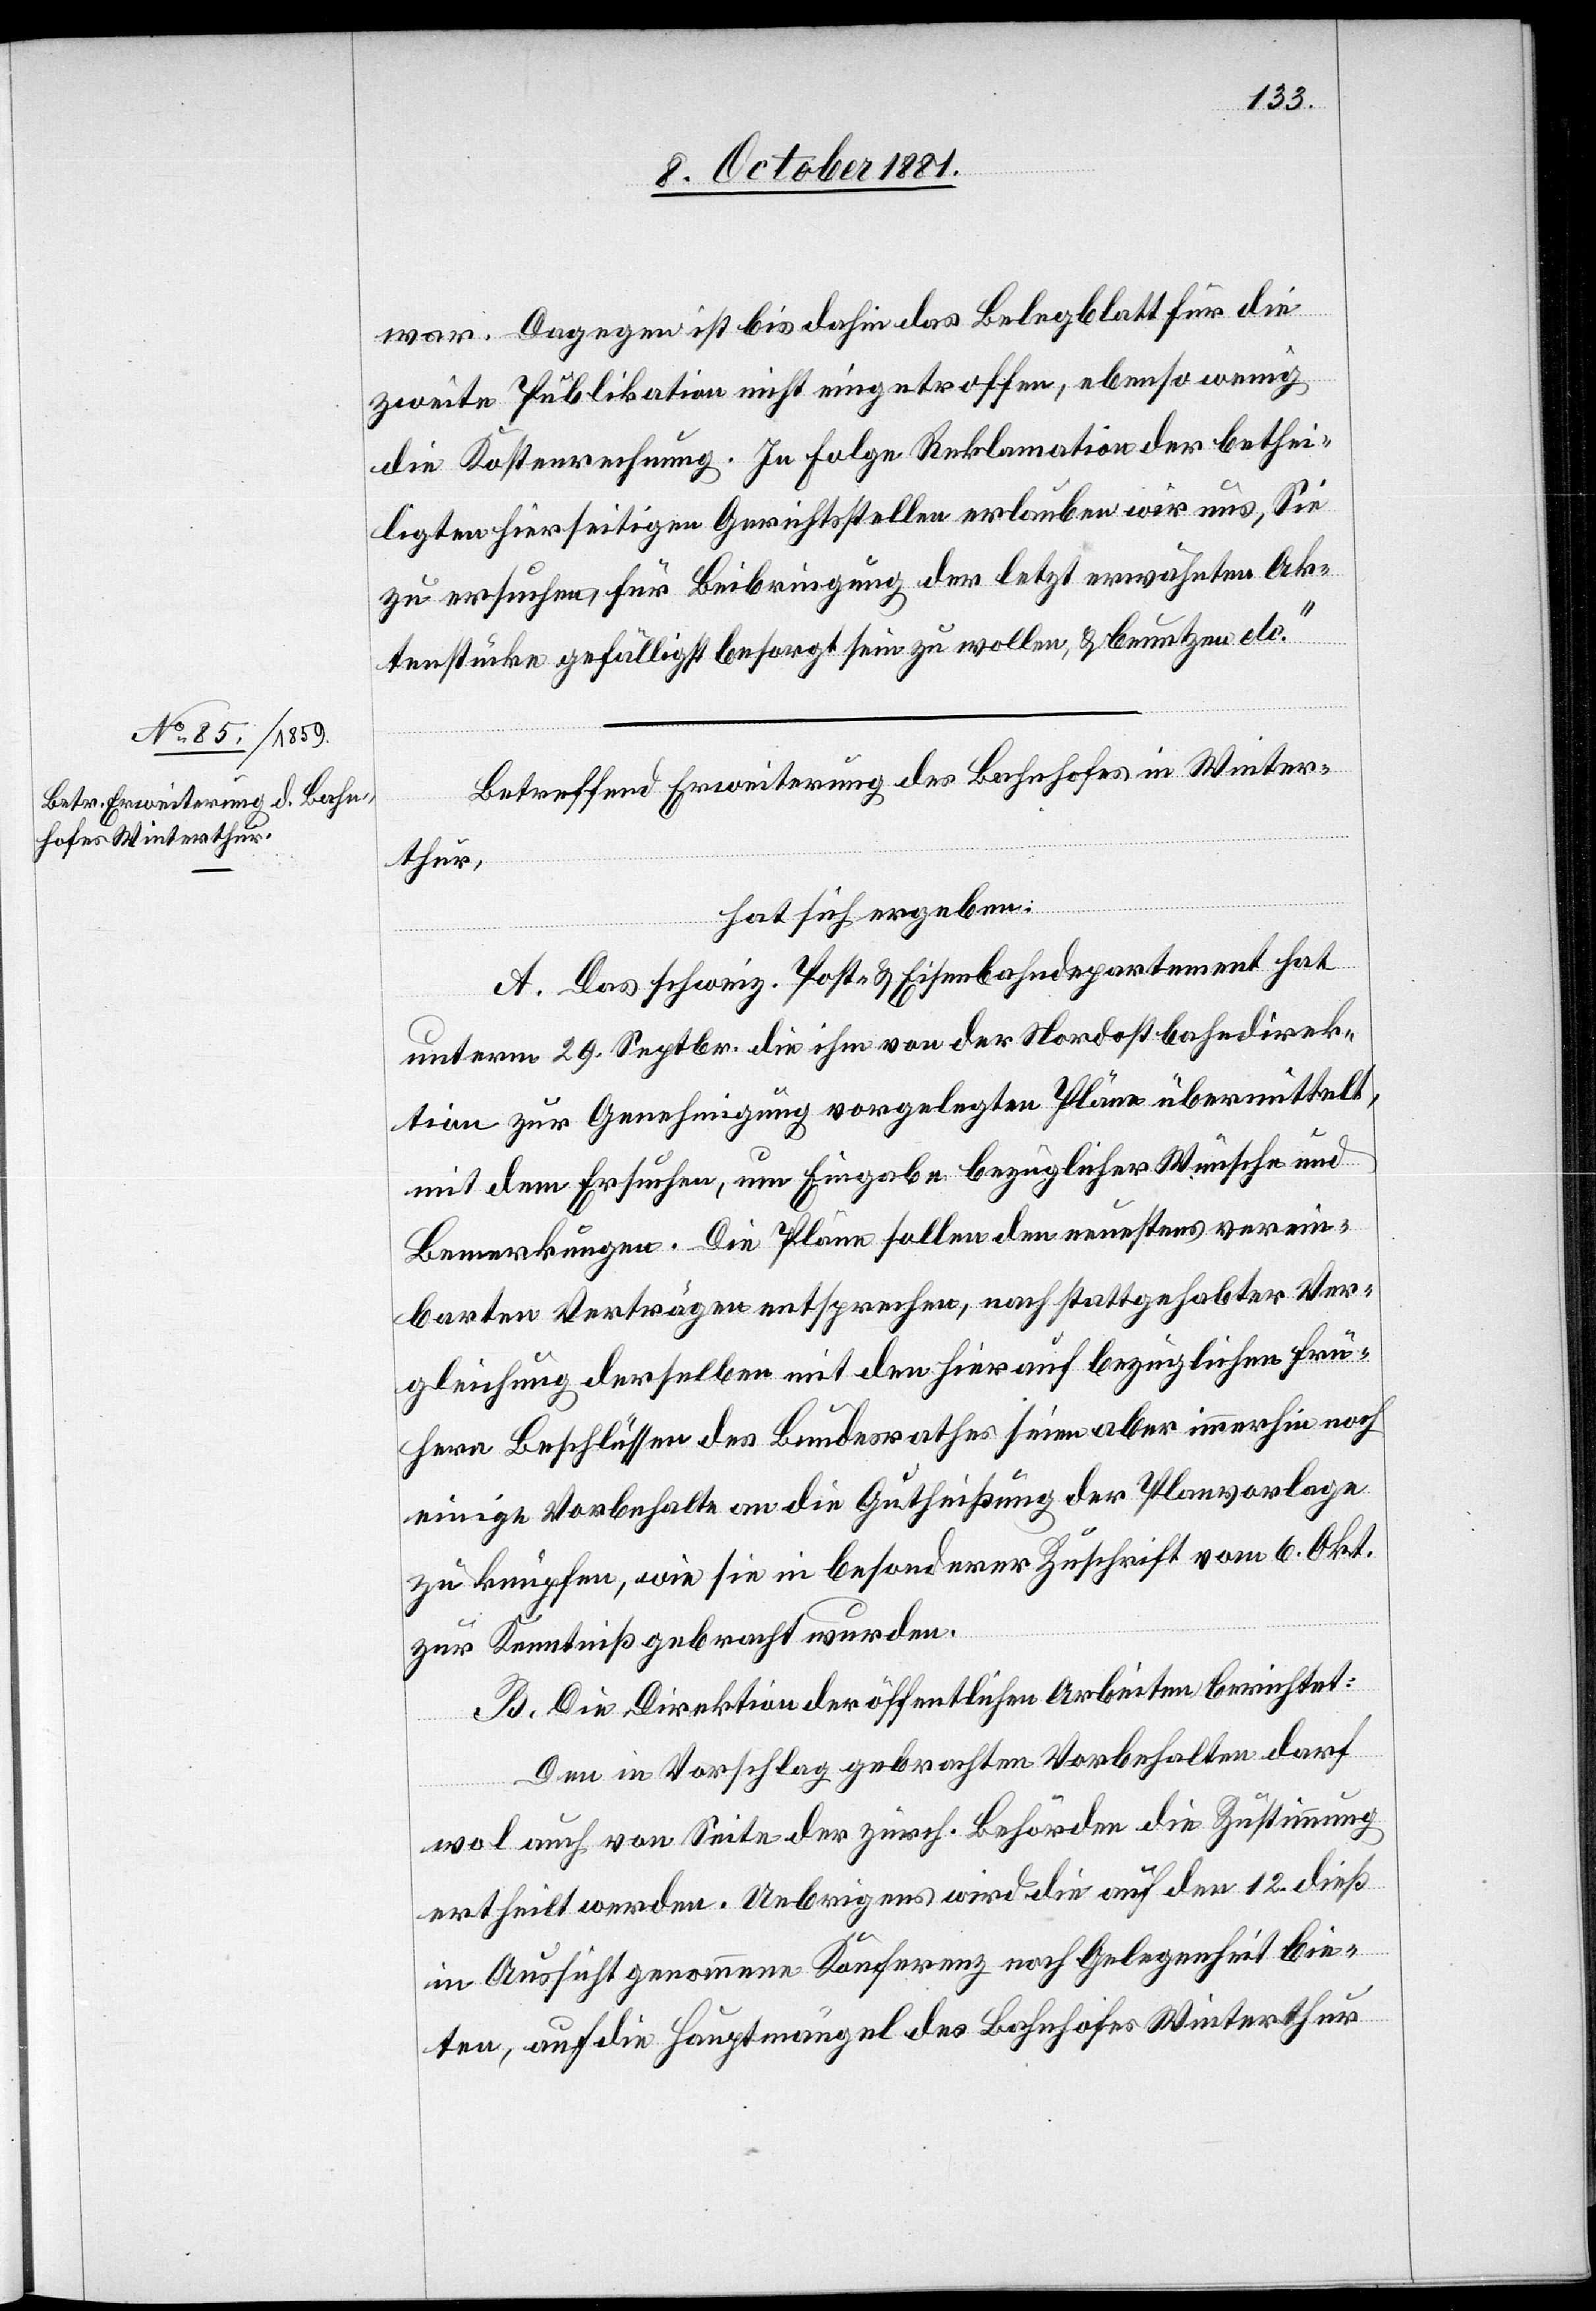
11. October 1881.]
war. Dagegen ist bis dahin das Belegblatt für die
zweite Publikation nicht eingetroffen, ebenso wenig
die Kostenrechnung. In Folge Reklamation der bethei¬
ligten hierseitigen Gerichtstellen erlauben wir uns, Sie
zu ersuchen, für Beibringung der letzt erwähnten Ak¬
tenstücke gefälligst besorgt sein zu wollen, & benutzen etc.“
Betreffend Erweiterung des Bahnhofes in Winter¬
thur,
hat sich ergeben:
A. Das schweiz. Post- & Eisenbahndepartement hat
unterm 29. Septbr. die ihm von der Nordostbahndirek¬
tion zur Genehmigung vorgelegten Pläne übermittelt,
mit dem Ersuchen, um Eingabe bezüglicher Wünsche und
Bemerkungen. Die Pläne sollen den neuestens verein¬
barten Verträgen entsprechen, nach stattgehabter Ver¬
gleichung derselben mit den hierauf bezüglichen frü¬
hern Beschlüssen des Bundesrathes seien aber immerhin noch
einige Vorbehalte an die Gutheißung der Planvorlage
zu knüpfen, wie sie in besonderer Zuschrift vom 6. Okt.
zur Kenntniß gebracht wurden.
B. Die Direktion der öffentlichen Arbeiten berichtet:
Den in Vorschlag gebrachten Vorbehalten darf
wol auch von Seite der zürch. Behörden die Zustimmung
ertheilt werden. Uebrigens wird die auf den 12. dieß
in Aussicht genommene Konferenz noch Gelegenheit bie¬
ten, auf die Hauptmängel des Bahnhofes Winterthur